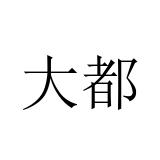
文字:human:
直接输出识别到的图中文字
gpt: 大都